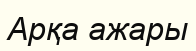
Арқа ажары